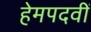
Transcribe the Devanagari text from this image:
हेमपदवीं